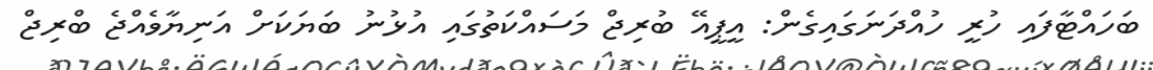
ބަހައްޓާފައި ހުރީ ހުއްދަނަގައިގެން: އީޕީއޭ ބުރިޖް މަސައްކަތުގައި އުޅުނު ބަޔަކަށް އަނިޔާވެއްޖެ ބްރިޖް